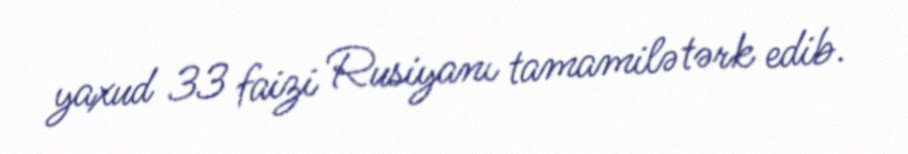
yaxud 33 faizi Rusiyanı tamamilə tərk edib.